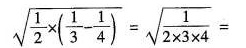
\sqrt{ \frac{1}{2} \times ( \frac{1}{3}- \frac{1}{4})}= \sqrt{ \frac{1}{2 \times 3 \times 4}}=